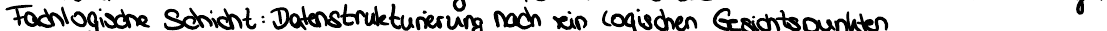
Fachlogische Schicht: Datenstrukturierung nach rein logischen Gesichtspunkten